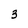
Character: 3